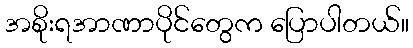
အစိုးရအာဏာပိုင်တွေက ပြောပါတယ်။